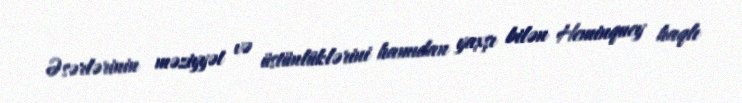
Əsərlərinin məziyyət və üstünlüklərini hamıdan yaxşı bilən Heminquey haqlı